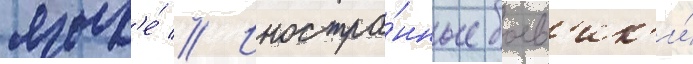
язык'е́ // Иностра́нные боев'ик'и́